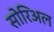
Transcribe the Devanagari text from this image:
सोरिअल